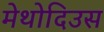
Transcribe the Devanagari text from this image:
मेथोदिउस